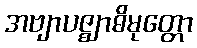
အဗျာပဇ္ဈာဓိမုတ္တော